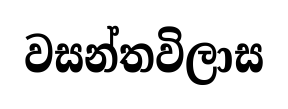
වසන්තවිලාස